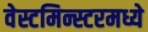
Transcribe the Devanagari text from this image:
वेस्टमिन्स्टरमध्ये